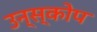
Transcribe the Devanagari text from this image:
उन्स्कोप